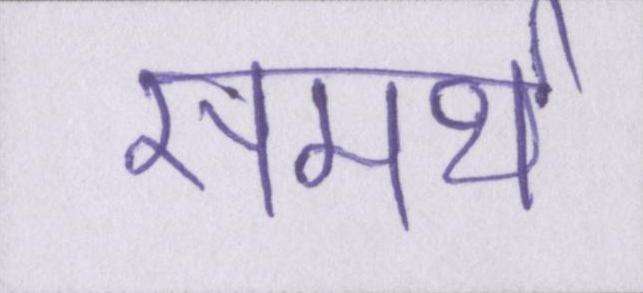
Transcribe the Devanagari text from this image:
समर्थ